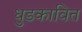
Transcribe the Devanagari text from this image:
धुडकावित